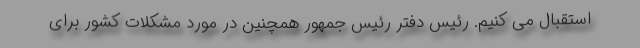
استقبال می کنیم. رئیس دفتر رئیس جمهور همچنین در مورد مشکلات کشور برای